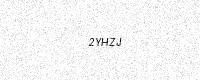
Text: 2YHZJ